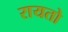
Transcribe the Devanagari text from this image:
रायतो